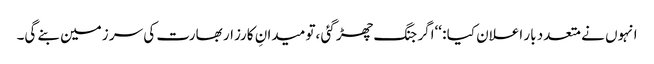
انہوں نے متعدد بار اعلان کیا : ‘‘اگر جنگ چھڑ گئی ،تو میدانِ کارزار بھارت کی سر زمین بنے گی۔